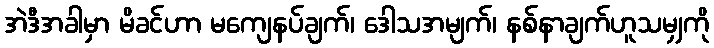
အဲဒီအခါမှာ မိခင်ဟာ မကျေနပ်ချက်၊ ဒေါသအမျက်၊ နစ်နာချက်ဟူသမျှကို